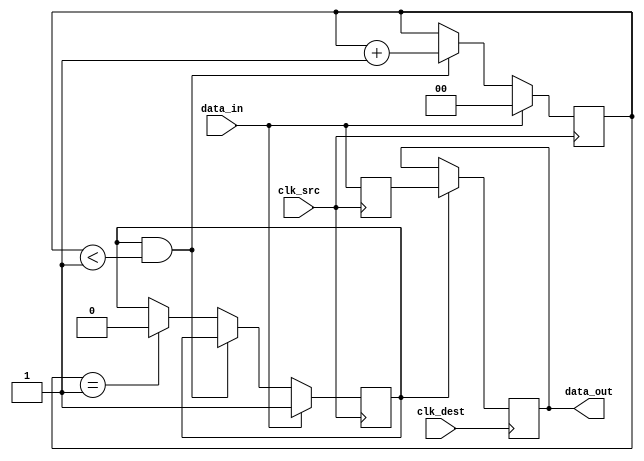
module pulsed_synchronizer #(
    parameter PULSE_WIDTH = 2 // Adjust pulse width according to requirement
)(
    input wire clk_src,         // Source clock
    input wire clk_dest,        // Destination clock
    input wire data_in,         // Asynchronous input signal
    output reg data_out         // Synchronized output signal
);

    reg data_in_sync1;          // First flip-flop synchronizing the input
    reg pulse_gen;              // Pulse generator signal
    reg [1:0] pulse_counter;     // Counter for pulse width

    // Pulse Generation Logic
    always @(posedge clk_src) begin
        if (data_in) begin
            pulse_gen <= 1'b1; // Start pulse on rising edge of data_in
            pulse_counter <= 0; // Reset counter
        end else if (pulse_gen && (pulse_counter < PULSE_WIDTH - 1)) begin
            pulse_counter <= pulse_counter + 1; // Increment pulse counter
        end else if (pulse_counter == PULSE_WIDTH - 1) begin
            pulse_gen <= 1'b0; // End pulse after specified width
        end
    end

    // First stage of synchronization
    always @(posedge clk_src) begin
        data_in_sync1 <= data_in; // Capture data_in on clk_src
    end

    // Second stage of synchronization
    always @(posedge clk_dest) begin
        // Capture the pulse if it's active
        if (pulse_gen) begin
            data_out <= data_in_sync1; // Synchronize data_in
        end
    end

endmodule